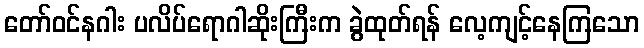
တော်ဝင်နဂါး ပလိပ်ရောဂါဆိုးကြီးက ခွဲထုတ်ရန် လေ့ကျင့်နေကြသော